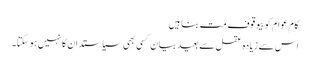
کام عوام کو بیوقوف مت بناہیں
اس سے زیادہ عقل سے بعید بیان کسی بھی سیاستدان کا نہیں ہو سکتا۔